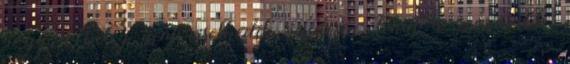
hogy a beteg nem viselkedik rendesen: tehát a szorosabb,